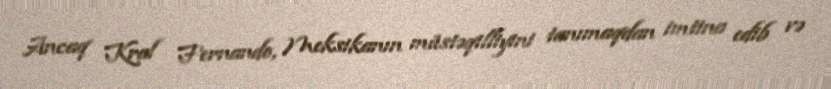
Ancaq Kral Fernando, Meksikanın müstəqilliyini tanımaqdan imtina edib və